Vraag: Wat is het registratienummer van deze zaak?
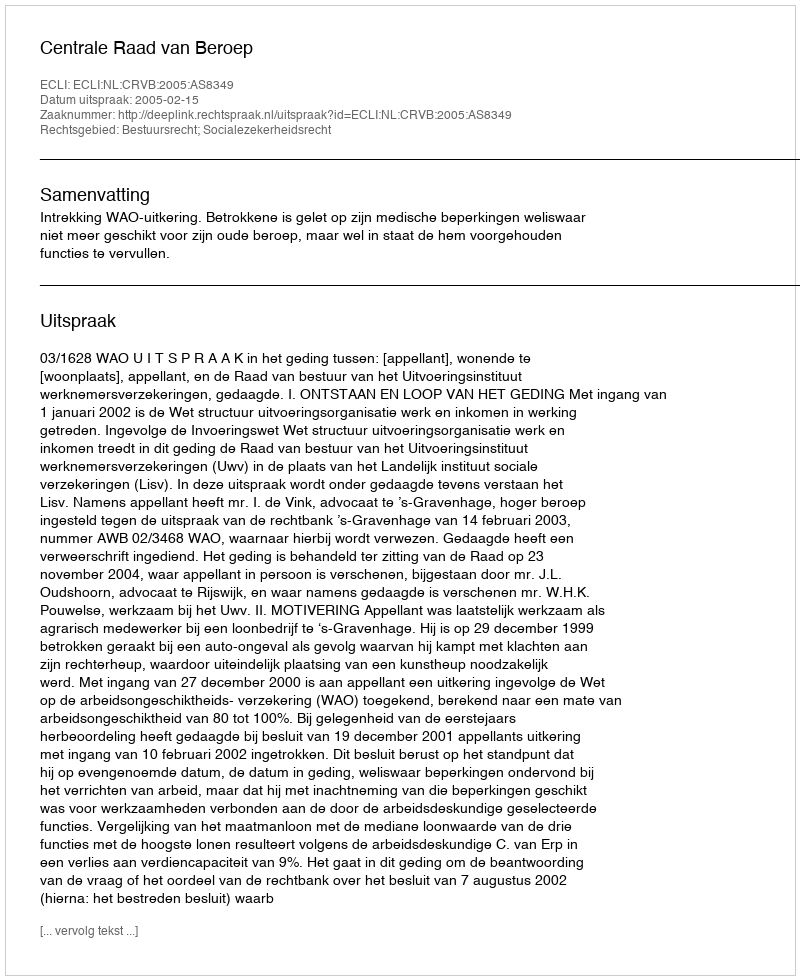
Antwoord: http://deeplink.rechtspraak.nl/uitspraak?id=ECLI:NL:CRVB:2005:AS8349